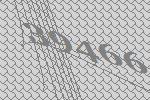
39466